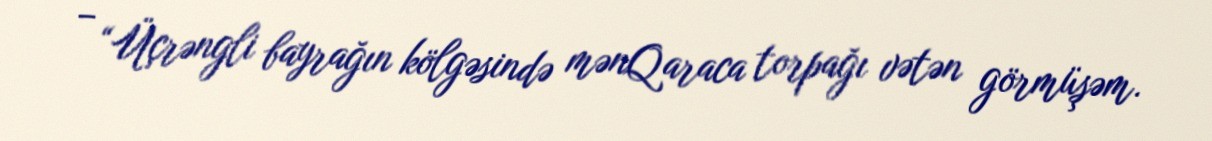
– “Üçrəngli bayrağın kölgəsində mənQaraca torpağı vətən görmüşəm.